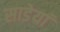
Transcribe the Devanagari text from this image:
साडेयां